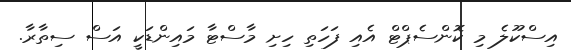
އިސްކޫލެ މި ކޮންސެޕްޓް އެއި ފަހަތި ހިށި މާސްޓާ މައިންޑަކީ އަސް ސިތާރާ.